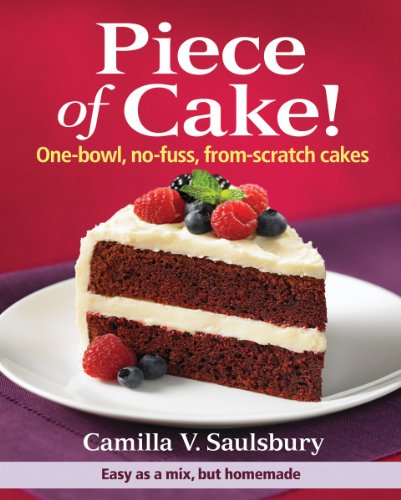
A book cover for Piece of Cake!: One-Bowl, No-Fuss, From-Scratch Cakes; Camilla Saulsbury; Cookbooks, Food & Wine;